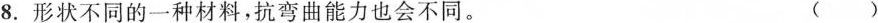
8.形状不同的一种材料，抗弯曲能力也会不同。 ()